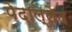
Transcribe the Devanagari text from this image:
पेदाल्लेद